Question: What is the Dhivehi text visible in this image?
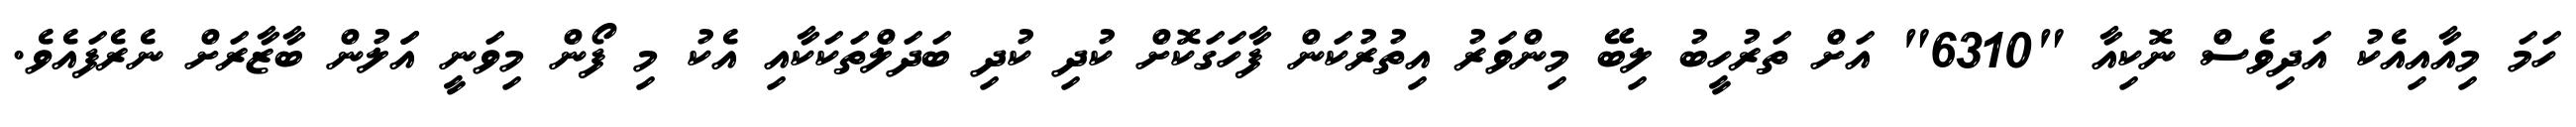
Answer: ހަމަ މިއާއިއެކު އަދިވެސް ނޮކިއާ "6310" އަށް ތަރުހީބު ލިބޭ މިންވަރު އިތުރުކަން ފާހަގަކޮށް ކުދި ކުދި ބަދަލްތަކަކާއި އެކު މި ފޯން މިވަނީ އަަލުން ބާޒާރަށް ނެރެފައެވެ.